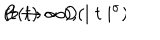
B ( t ) \sim O ( \mid t \mid ^ { \sigma } ) \hspace { 1 . 5 i n } ( t \rightarrow \infty ) ,